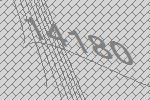
14180